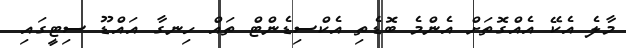
މާލެ އެކޭ އެއްގޮތަށް އެންމެ ބޮޑެތި އެކްސިޑެންޓް ތައް ހިނގާ އައްޑޫ ސިޓީގައި